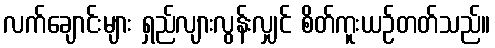
လက်ချောင်းများ ရှည်လျားလွန်းလျှင် စိတ်ကူးယဉ်တတ်သည်။